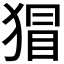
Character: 𭸛